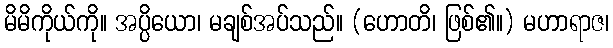
မိမိကိုယ်ကို။ အပ္ပိယော၊ မချစ်အပ်သည်။ (ဟောတိ၊ ဖြစ်၏။) မဟာရာဇ၊